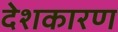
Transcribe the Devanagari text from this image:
देशकारण